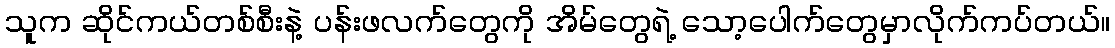
သူက ဆိုင်ကယ်တစ်စီးနဲ့ ပန်းဖလက်တွေကို အိမ်တွေရဲ့ သော့ပေါက်တွေမှာလိုက်ကပ်တယ်။